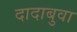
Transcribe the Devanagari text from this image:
दादाबुवा